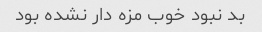
بد نبود خوب مزه دار نشده بود